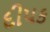
દીપક